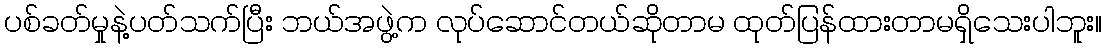
ပစ်ခတ်မှုနဲ့ပတ်သက်ပြီး ဘယ်အဖွဲ့က လုပ်ဆောင်တယ်ဆိုတာမ ထုတ်ပြန်ထားတာမရှိသေးပါဘူး။